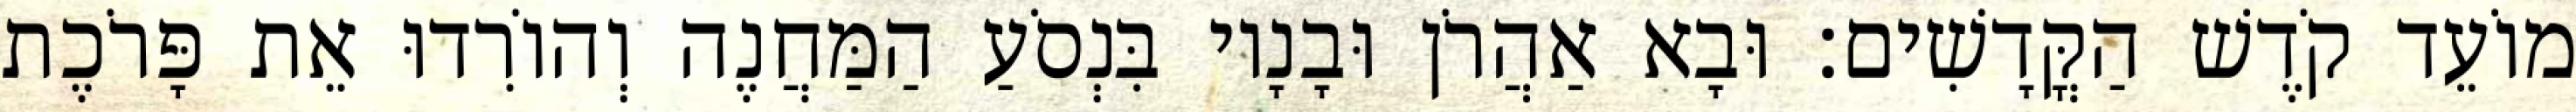
מוֹעֵד קֹדֶשׁ הַקֳּדָשִׁים׃ וּבָא אַהֲרֹן וּבָנָיו בִּנְסֹעַ הַמַּחֲנֶה וְהוֹרִדוּ אֵת פָּרֹכֶת